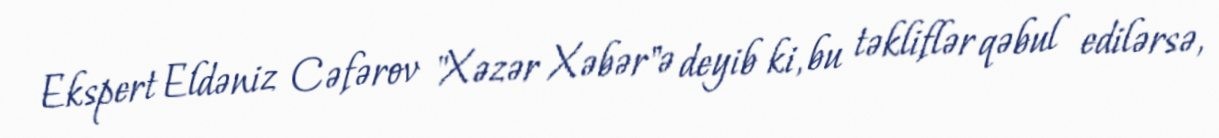
Ekspert Eldəniz Cəfərov "Xəzər Xəbər"ə deyib ki, bu təkliflər qəbul edilərsə,